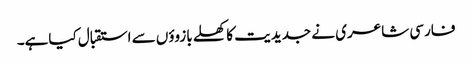
فارسی شاعری نے جدیدیت کا کھلے بازوؤں سے استقبال کیاہے۔